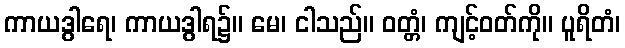
ကာယဒွါရေ၊ ကာယဒွါရ၌။ မေ၊ ငါသည်။ ဝတ္တံ၊ ကျင့်ဝတ်ကို။ ပူရိတံ၊